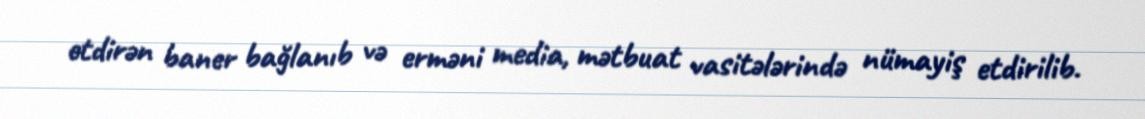
etdirən baner bağlanıb və erməni media, mətbuat vasitələrində nümayiş etdirilib.